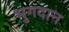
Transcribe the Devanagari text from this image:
भुगदान